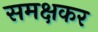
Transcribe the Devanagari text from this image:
समक्षकर